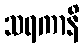
သရကာနိ